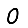
Digit: 0